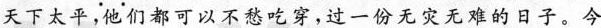
天下太平，他们都可以不愁吃穿，过一份无灾无难的日子。今